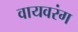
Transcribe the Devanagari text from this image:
वायवरंग